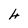
Character: 4